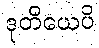
ဒုတိယေပိ